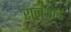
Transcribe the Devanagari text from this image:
रानथल